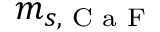
m _ { s , \textrm { C a F } }